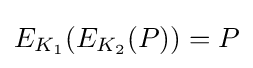
E_{K_{1}}(E_{K_{2}}(P))=P